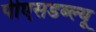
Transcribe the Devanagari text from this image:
पीएसडब्ल्यू